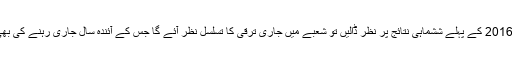
مالی سال 2016 کے پہلے ششماہی نتائج پر نظر ڈالیں تو شعبے میں جاری ترقی کا تسلسل نظر آئے گا جس کے آئندہ سال جاری رہنے کی بھی امید ہے۔